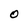
Character: 0